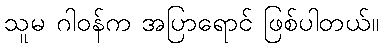
သူမ ဂါဝန်က အပြာရောင် ဖြစ်ပါတယ်။